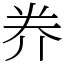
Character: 奍